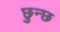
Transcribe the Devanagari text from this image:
छुन्छ